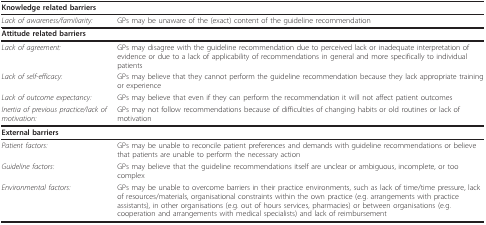
<table><thead><tr><td colspan="2"><b>Knowledge related barriers</b></td></tr></thead><tbody><tr><td><i>Lack of awareness/familiarity:</i></td><td>GPs may be unaware of the (exact) content of the guideline recommendation</td></tr><tr><td><b>Attitude related barriers</b></td><td></td></tr><tr><td><i>Lack of agreement:</i></td><td>GPs may disagree with the guideline recommendation due to perceived lack or inadequate interpretation of evidence or due to a lack of applicability of recommendations in general and more specifically to individual patients</td></tr><tr><td><i>Lack of self-efficacy:</i></td><td>GPs may believe that they cannot perform the guideline recommendation because they lack appropriate training or experience</td></tr><tr><td><i>Lack of outcome expectancy:</i></td><td>GPs may believe that even if they can perform the recommendation it will not affect patient outcomes</td></tr><tr><td><i>Inertia of previous practice/lack of motivation:</i></td><td>GPs may not follow recommendations because of difficulties of changing habits or old routines or lack of motivation</td></tr><tr><td colspan="2"><b>External barriers</b></td></tr><tr><td><i>Patient factors:</i></td><td>GPs may be unable to reconcile patient preferences and demands with guideline recommendations or believe that patients are unable to perform the necessary action</td></tr><tr><td><i>Guideline factors:</i></td><td>GPs may believe that the guideline recommendations itself are unclear or ambiguous, incomplete, or too complex</td></tr><tr><td><i>Environmental factors:</i></td><td>GPs may be unable to overcome barriers in their practice environments, such as lack of time/time pressure, lack of resources/materials, organisational constraints within the own practice (e.g. arrangements with practice assistants), in other organisations (e.g. out of hours services, pharmacies) or between organisations (e.g. cooperation and arrangements with medical specialists) and lack of reimbursement</td></tr></tbody></table>